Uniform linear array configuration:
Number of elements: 12
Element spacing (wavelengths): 1
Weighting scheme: kaiser
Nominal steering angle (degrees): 0
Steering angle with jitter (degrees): -0.9098
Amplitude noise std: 0.05
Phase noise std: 0.05

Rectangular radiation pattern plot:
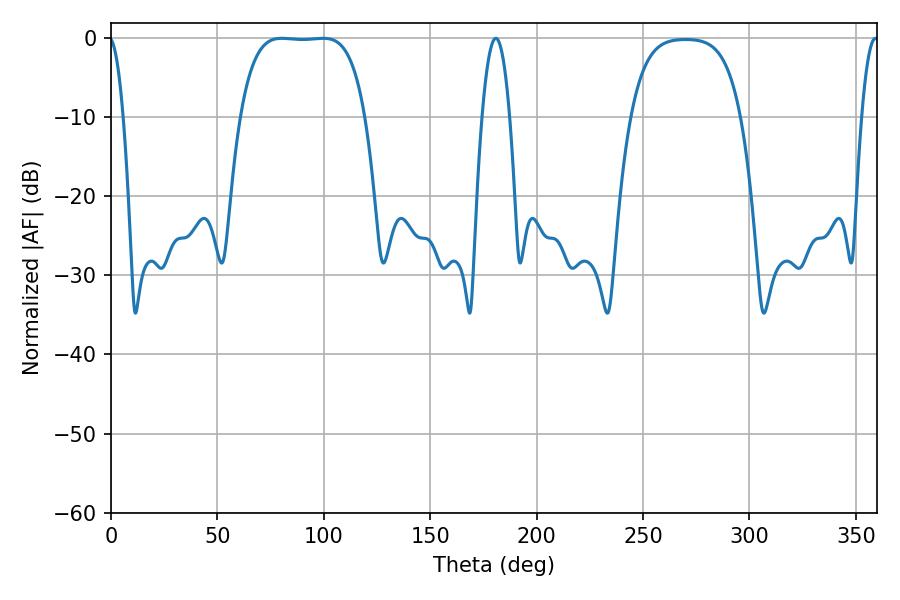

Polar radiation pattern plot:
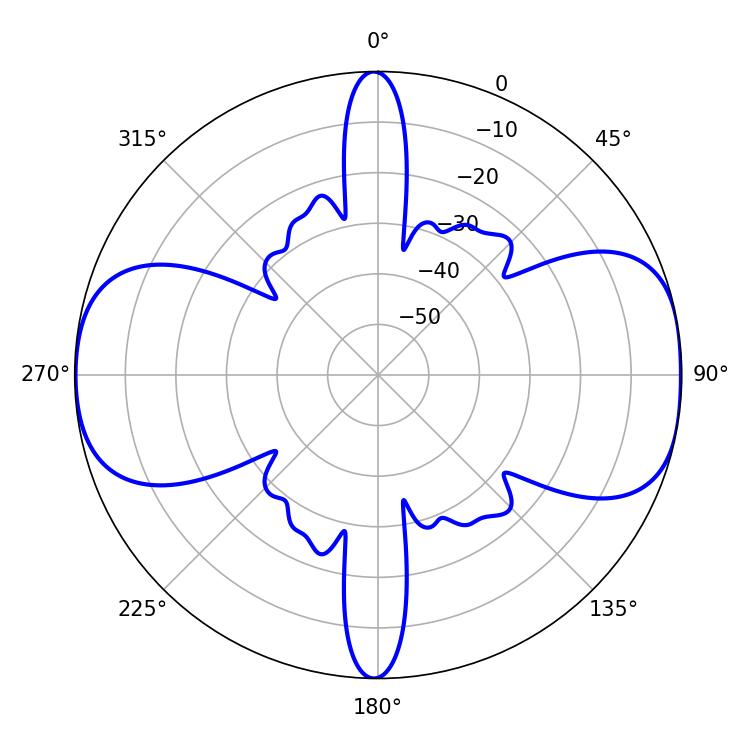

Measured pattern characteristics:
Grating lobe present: TRUE
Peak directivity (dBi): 10.837
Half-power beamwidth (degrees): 45.36
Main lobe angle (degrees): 80.28